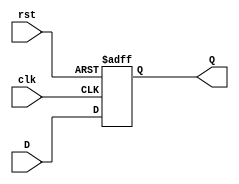
module Reg_AT_u_L2(
 input	wire 	 	 D,
 input	wire			 clk,rst,
 output reg 	 	 Q
 );

 always @(posedge clk or negedge rst)
  begin
   if (!rst)
   	Q<=1'b0;
   else 
   	Q<=D;
  end		
endmodule